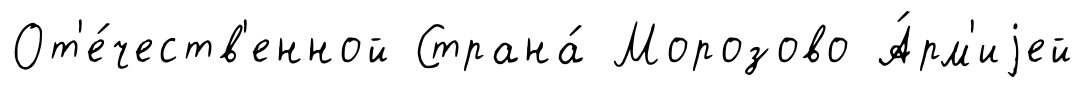
От'е́честв'енной Страна́ Морозово А́рм'иjей